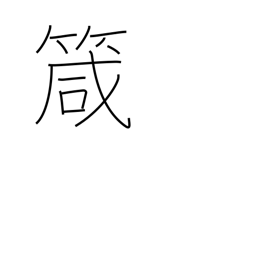
Meaning: needle